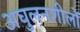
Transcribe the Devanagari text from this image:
अघुलनशीलों